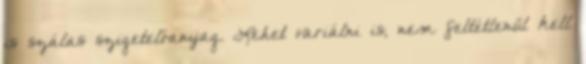
is szálas szigetelőanyag. Lehet variálni is, nem feltétlenül kell